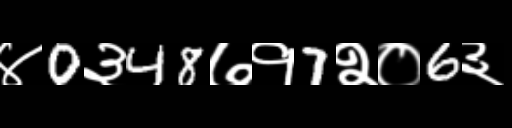
Text: ४0३48७१7२०6३